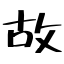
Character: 故